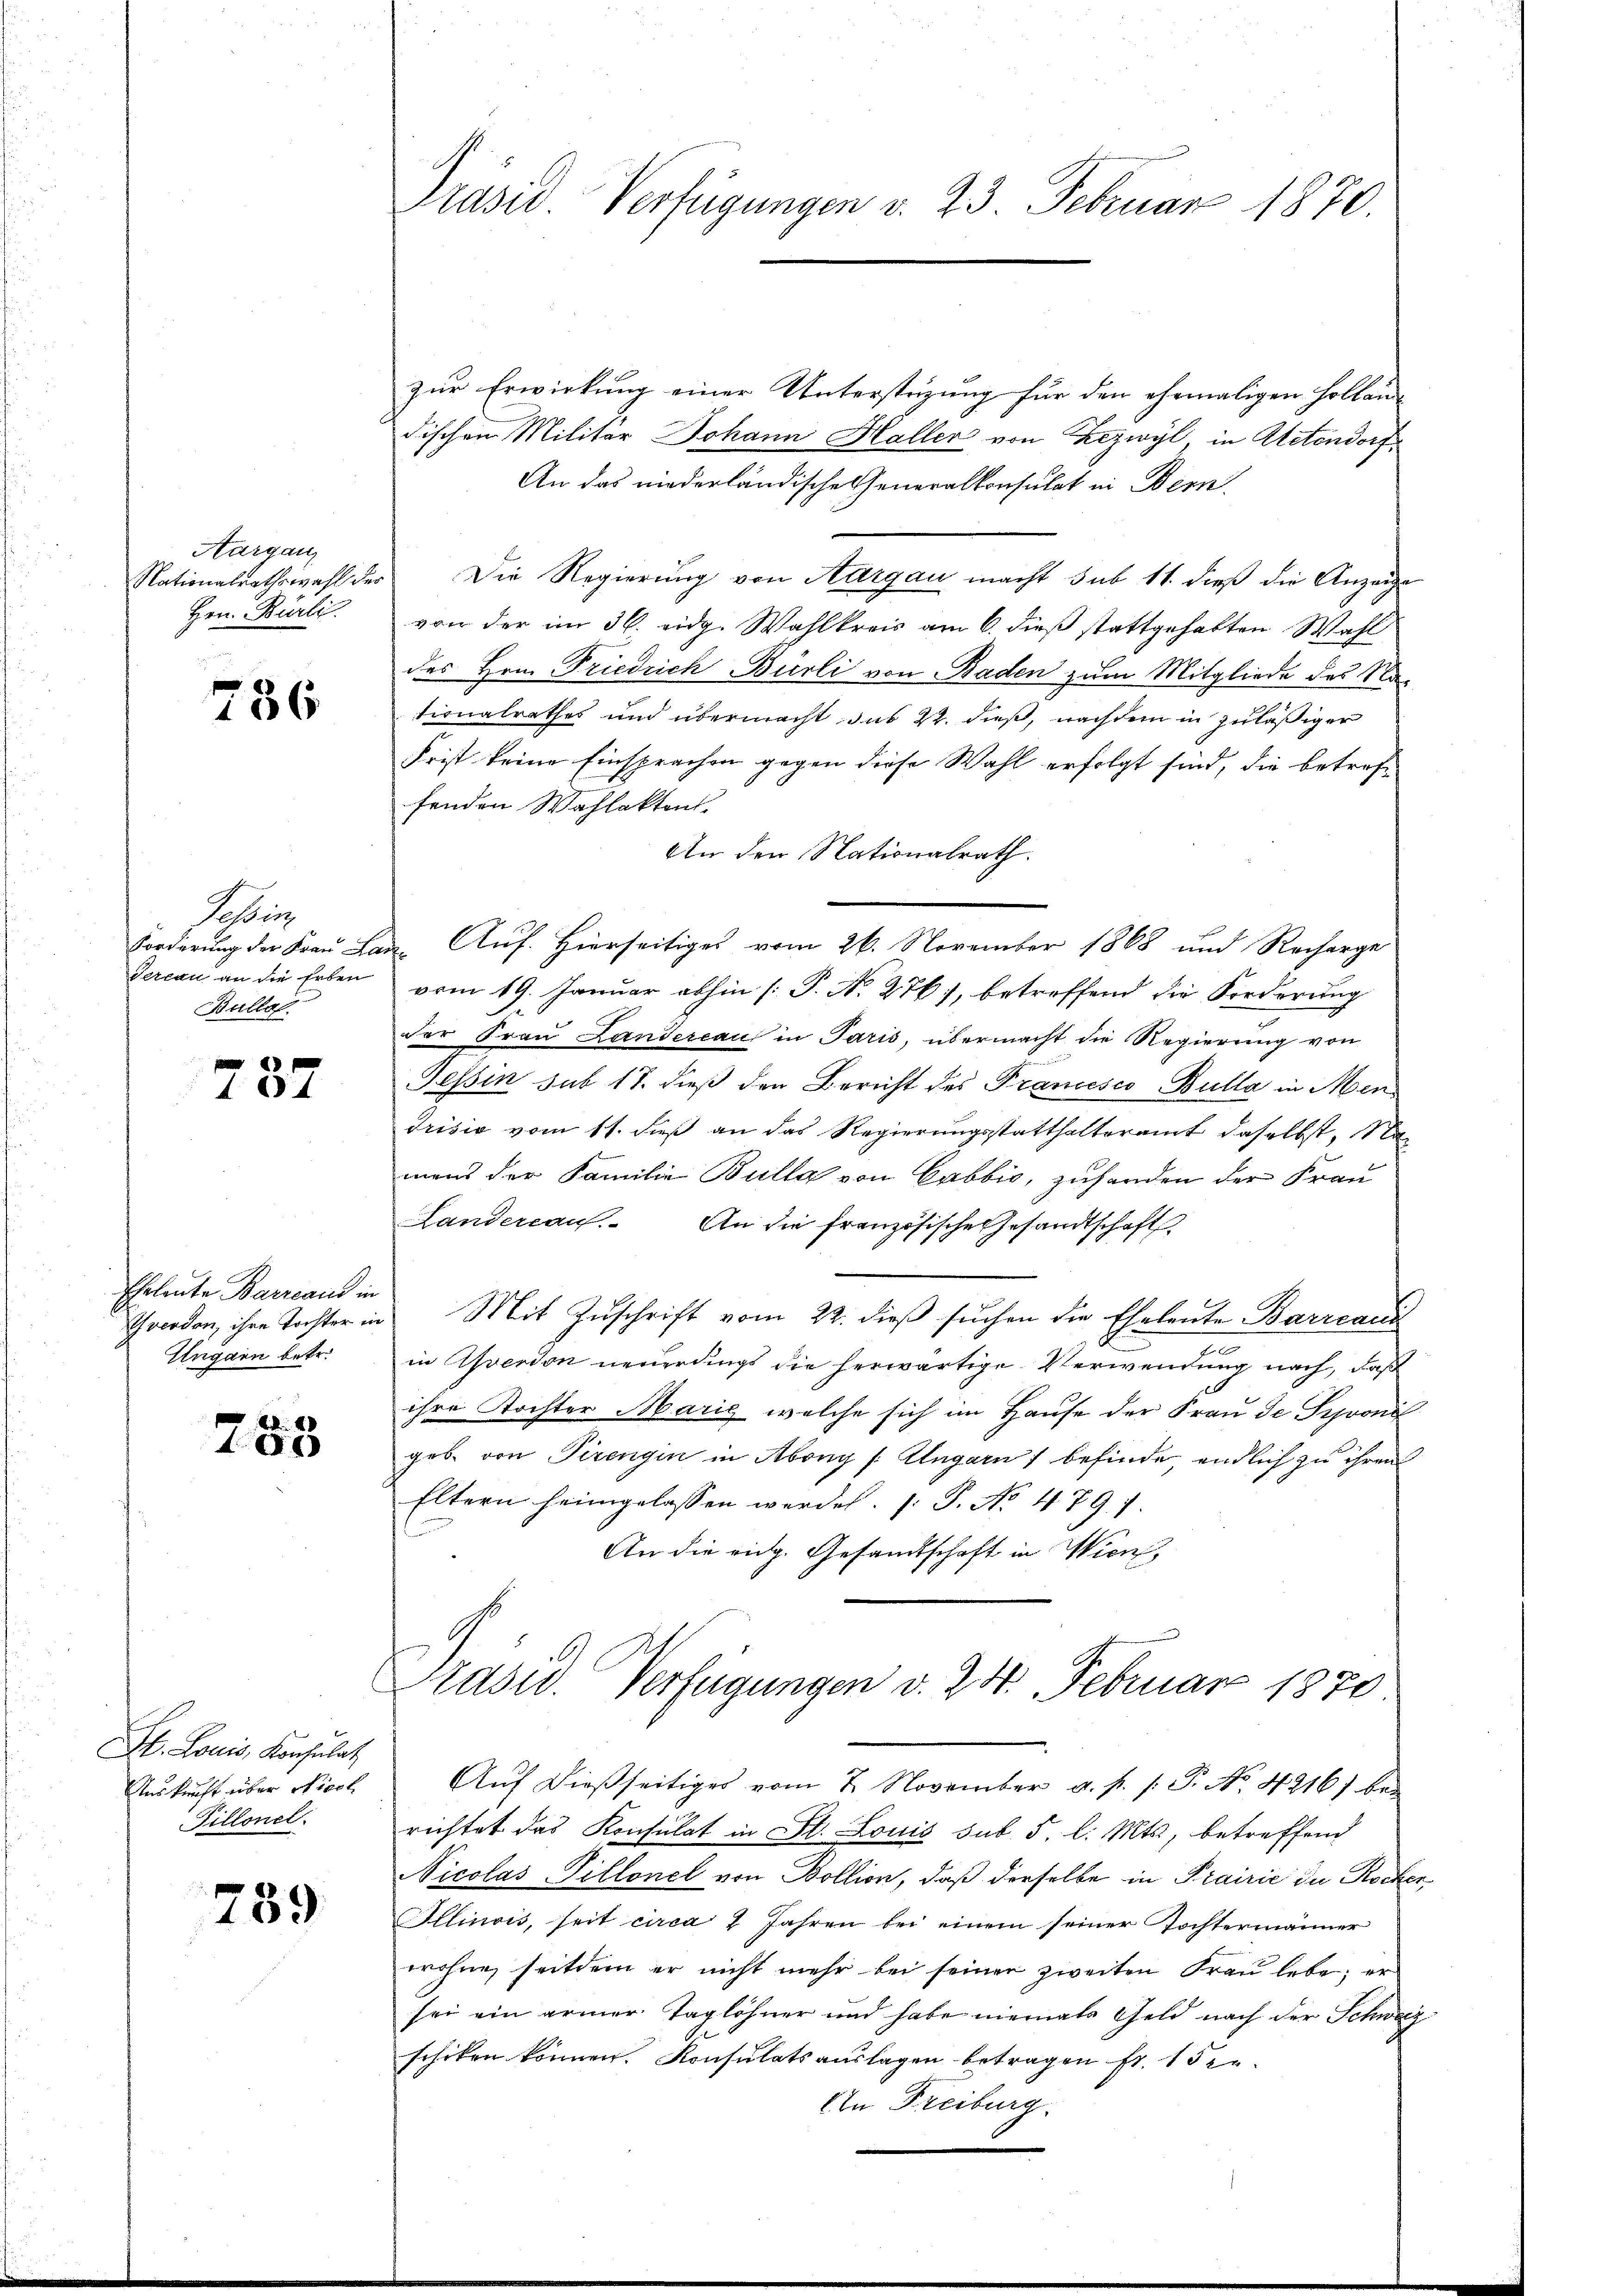
Aarganz
Nationalrathswahl des
Hrn. Bürli

756

Sbis
Forderung der Frau La
Tercan an die Erben
Bullo

Eheleute Barreau in
Yverdon, ihre Tochter in
Ungarn betr.

e

St. Louis, Konsulat
Auskunft über Nicol
Fillonel

739

Präsid Verfügungen v. 23. Februar 1870.

zur Erwirkung einer Unterstüzung für den ehemaligen Hollaus
dischen Militär Johann Haller von Zezwyl in Actendorf
An das niederländische Generalkonsulat in Bern
Die Regierung von Aargau macht sub 11. dieß die Anzeige
von der im 36. eidg. Wahlkreis am 6. dieß stattgehabten Wahl
des Hrn. Friedrich Burli von Baden zum Mitgliede des Nationalrathes und übermacht das 22. dieß, nachdem in zuläßiger
Frist keine Einsprachen gegen diese Wahl erfolgt sind, die betreffenden Wahlaktens.
An den Nationalrath.
Auf. Hierseitiges vom 26. November 1868 und Recharge
vom 19. Januar abhin [P. N. 276), betreffend die Forderung
der Frau Landereau in Paris, übermacht die Regierung von
Tessin sub 18. dieß den Bericht des Francesco Bulla in Men¬
Prisis vom 11. dieß an das Regierungsstatthalteramt daselbst, Ma
mans der Familie Bulla von Cabbić, zufanden der Frau
Landereau. An die französische Gesandtschaft
Mit Zuschrift vom 22. dieß suchen die Eheleute Barrcani
e
in Yverdon neuerdings die herwärtige Verwendung nach, daß
ihre Tochter Marig, welche sich im Hause der Frau de Seroni
geb. von Pirengen in Abong /: Ungarn befinde endlich zu ihren
Eltern heimgelassen werden. (: P. No 479. 1.
An die eidg. Gesandtschaft in Wien,

Präsid. Verfügungen v. 24. Februar 1870
Auf dießseitiges vom 7. November a. p. /: P. No. 4216) bei

richtet das Konsulat in St. Louis sub. 5. l. Mts., betreffend
Nicolas Tillonel von Bollion, daß derselbe in Prairie die Rocker
Allinois, seit circa 4 Jahren bei einem seiner Tochtermänner
wohne seitdem er nicht mehr bei seinen zweiten Frau lebe; er
sei ein armer Taglöhner und habe niemals Geld nach der Schweiz
schiken können. Konsulatsauslagen betragen fr. 132.
An Freiburg.